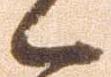
々